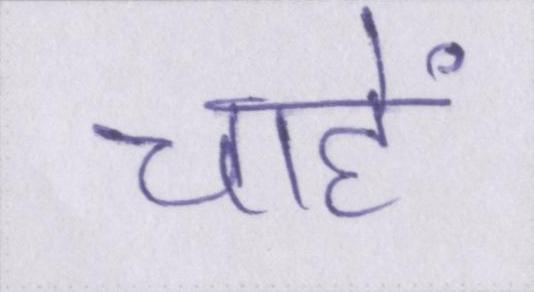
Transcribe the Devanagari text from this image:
चाहें